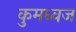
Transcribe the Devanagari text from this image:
कुमध्वज